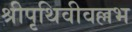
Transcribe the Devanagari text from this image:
श्रीपृथिवीवल्लभ